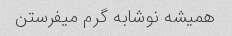
همیشه نوشابه گرم میفرستن